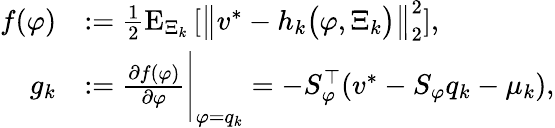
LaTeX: \begin{array}{rl}{f(\varphi)}&{:=\frac{1}{2}\mathrm{E}_{\Xi_{k}}\left[\big\| v^{*}-h_{k}\big(\varphi,\Xi_{k}\big)\big\| _{2}^{2}\right],}\\ {g_{k}}&{:=\frac{\partial f(\varphi)}{\partial\varphi}\Bigg|_{\varphi=q_{k}}=-S_{\varphi}^{\top}(v^{*}-S_{\varphi}q_{k}-\mu_{k}),}\end{array}